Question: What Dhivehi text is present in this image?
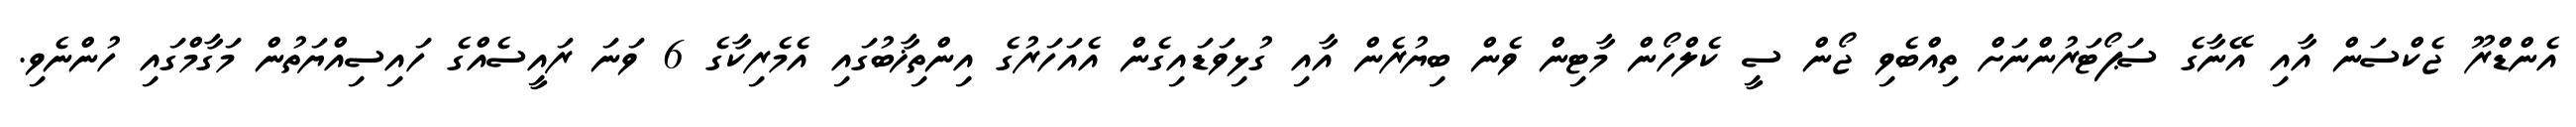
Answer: އެންޑްރޫ ޖެކްސަން އާއި އޭނާގެ ސަޕޯޓަރުންނަށް ތިއްބެވި ޖޯން ސީ ކެލްހޯން މާޓިން ވެން ބިޔުރެން އާއި ގުޅިވަޑައިގެން އެއަހަރުގެ އިންތިޚާބުގައި އެމެރިކާގެ 6 ވަނަ ރައީސެއްގެ ހައިސިއްޔަތުން މަގާމްގައި ހުންނެވި.